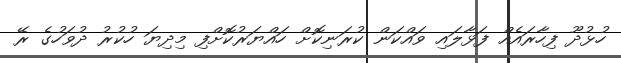
ހުޅުދޫ ފިހާރައެއް ފަޅާލައި ވައްކަން ކުރަނިކޮށް ހައްޔަރުކޮށްފި މިދިޔަ ހުކުރު ދުވަހުގެ ރޭ